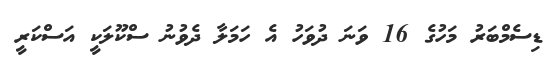
ޑިސެމްބަރު މަހުގެ 16 ވަނަ ދުވަހު އެ ހަމަލާ ދެވުނު ސްކޫލަކީ އަސްކަރީ